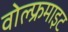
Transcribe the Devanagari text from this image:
वोल्फ्रमाइट